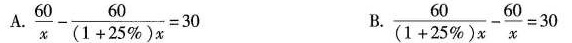
A. $$\frac { 6 0 } { x } - \frac { 6 0 } { (1 + 2 5 % ) x } = 3 0 $$ B $$\frac { 6 0 } { ( 1 + 2 5 % ) x } - \frac { 6 0 } { x } = 3 0$$